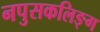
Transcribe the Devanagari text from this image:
नपुसकलिङ्ग